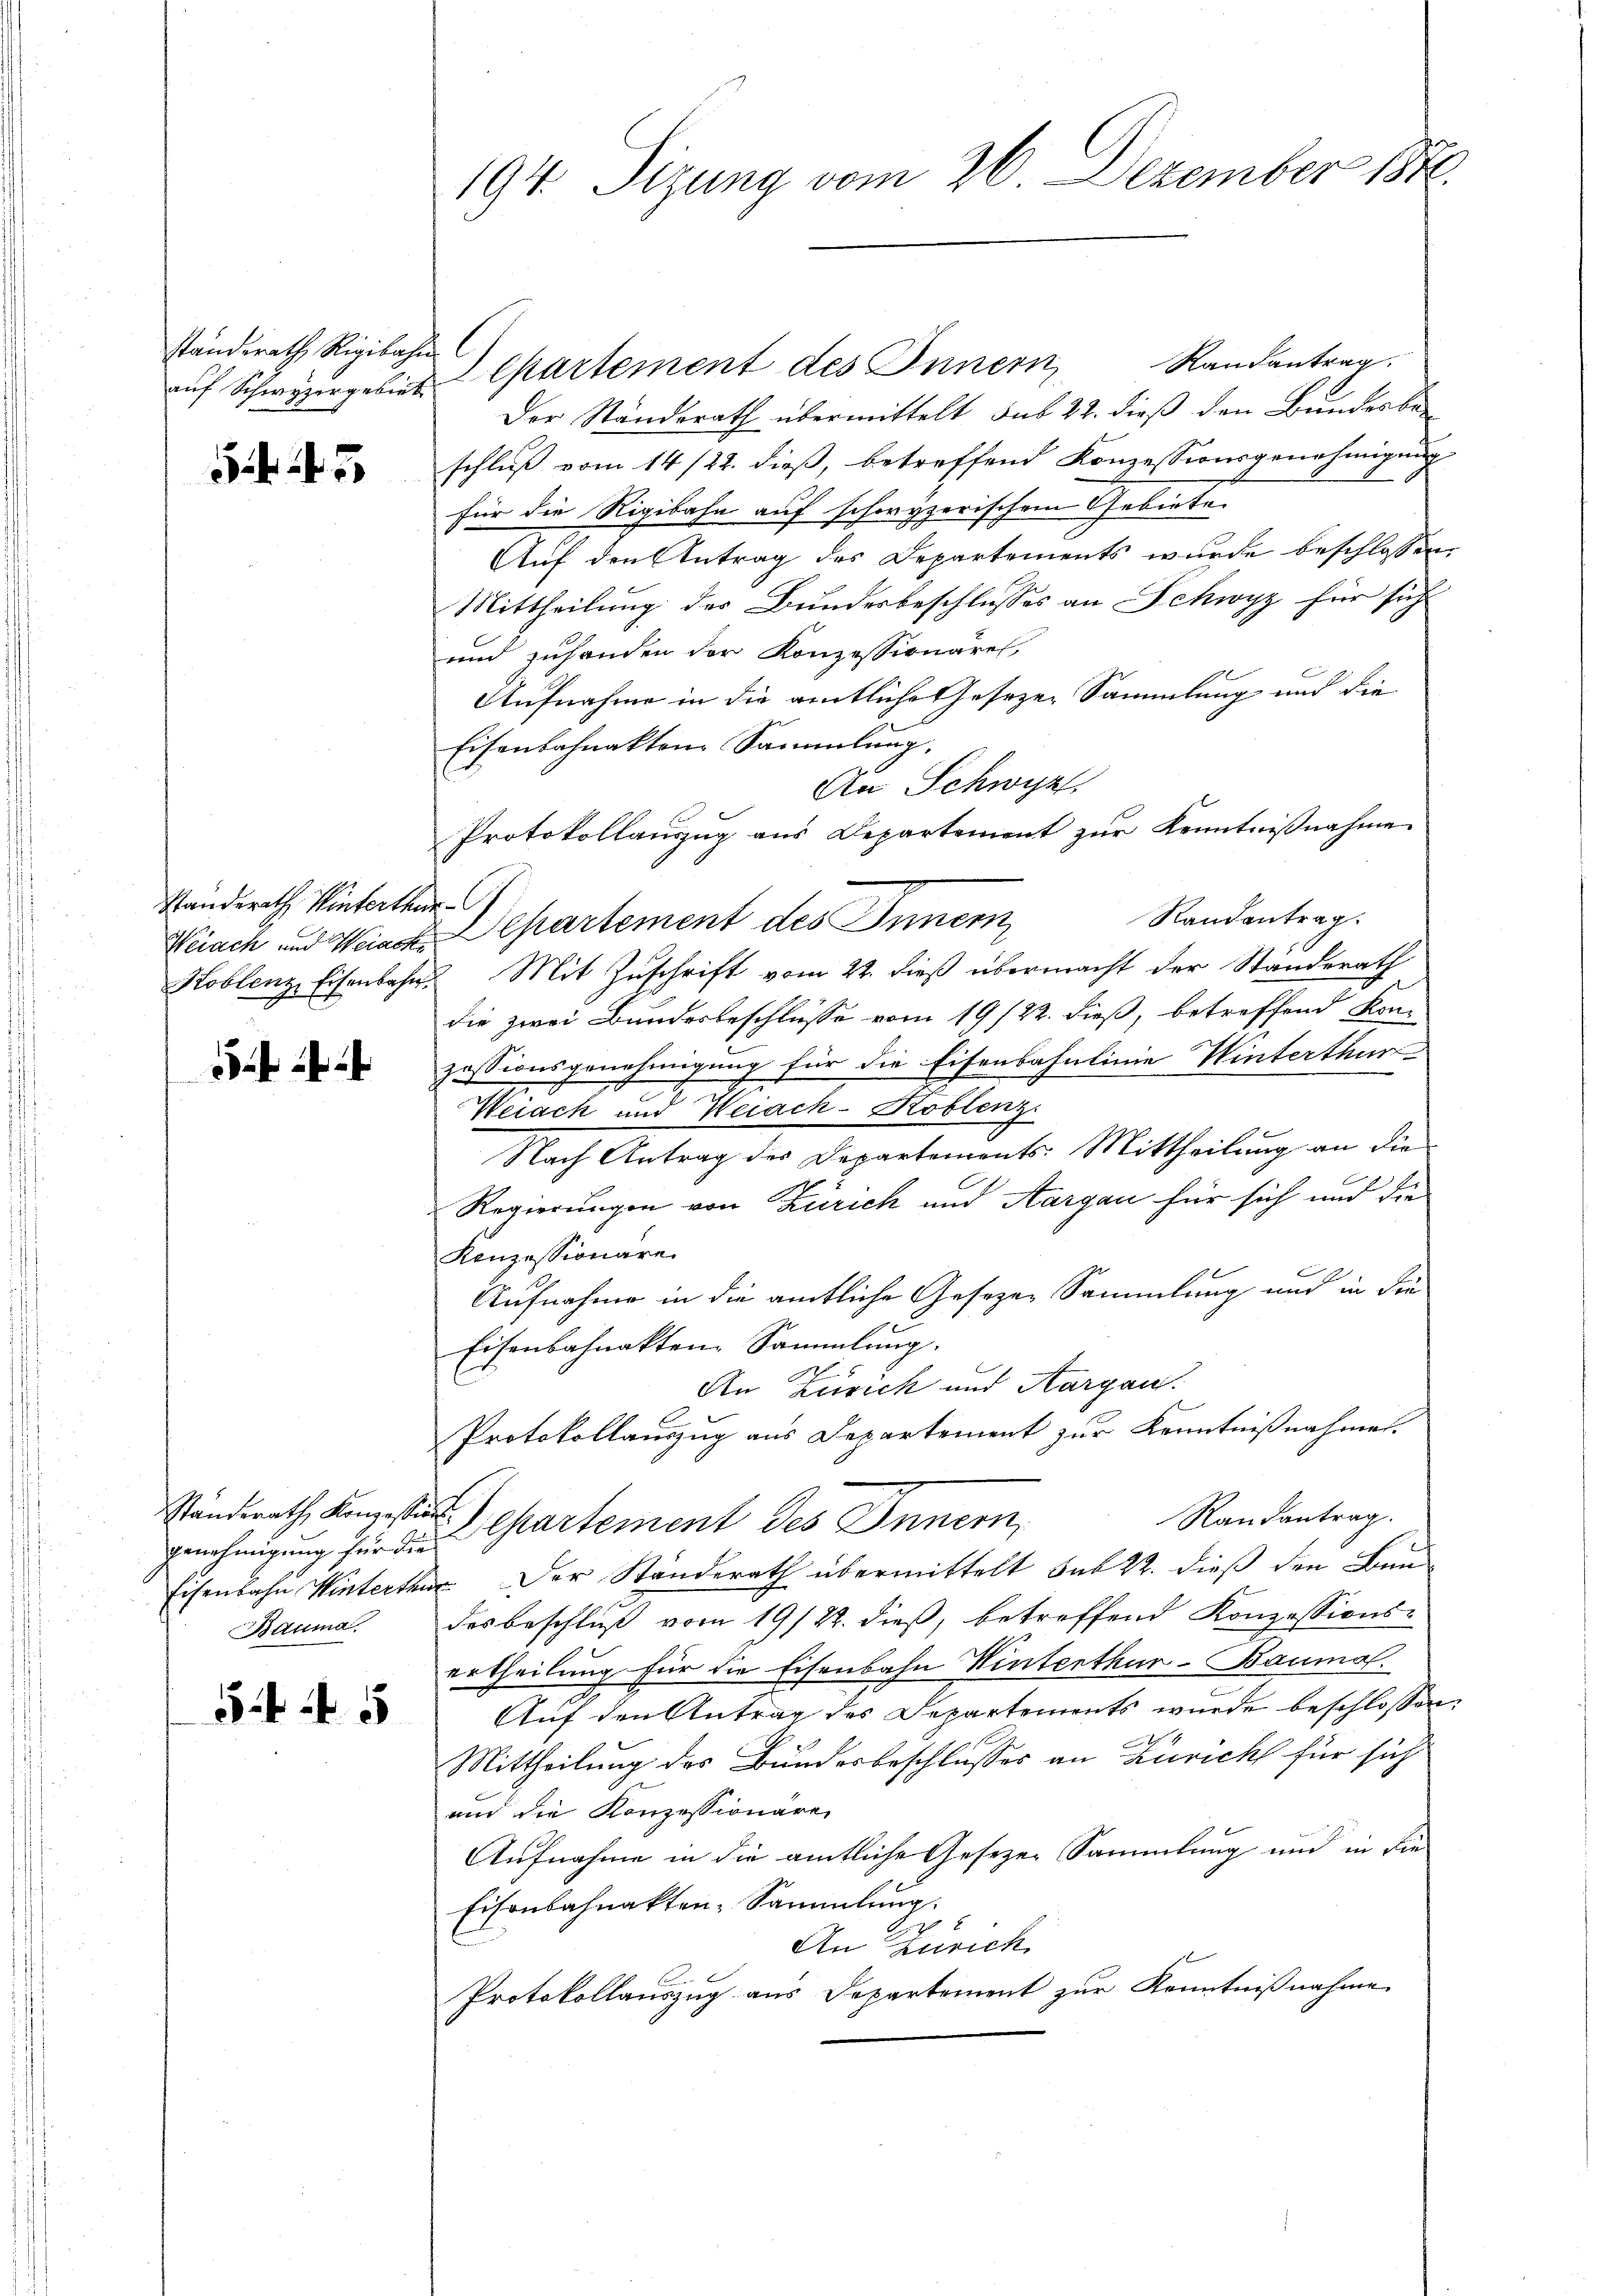
standsrath Rigibahn
auf Schwyzergebiet

5

Standerath Winterthur
Weiach und Weiack¬
Koblenz, Eisenbahn.

)

¬

Standerath Konzession
genehmigung für die
Eisenbahn Wintertane

5 f 5

194. Sizung vom 26. Dezember 181

l

Departement des Innern Randantrag.
Der Standerath übermittelt sub 22. dieß den Bunder beschluß vom 14/22. dieß, betreffend Konzessionsgenehmigung
für die Rigibahn auf schoryzerischem Gebiete.
Auf den Antrag des Departements wurde beschlossen,
Mittheilung des Bunderbeschlusses an Schwyz für sich
und zuhanden der Konzessionären,
Aufnahme in die amtliche Gesezen Sammlung und die
Eisenbahnakten Sammlung,
An Schwyz
Protokollauszug aus Departement zur Kenntnißnahme
f
Randantrag.
Departement des Innern,
Mit Zuschrift vom 22. dieß übermacht der Standerath
die zwei Bundesbeschlüsse vom 19/22. dieß, betreffend Kon-
zessionsgenehmigung für die Eisenbahnlinie Winterthur
Weiach und Weiach-Koblenz
Nach Antrag des Departements: Mittheilung an die
Regierungen von Zürich und Aargau für sich und die
Konzessionäre.
Aufnahme in die amtliche Gesezen Sammlung und in die
Eisenbahnakten Sammlung.
2
An Zürich und Aargau.
Protokollauszug aus Departement zur Kenntnißnahmen.
Randantrag.
E. Separtement des Innern,
“ Der Standerath übermittelt sub 22. dieß den Bun
Bauma. des Beschluß vom 19/22. dieß, betreffend Konzessions-
ertheilung für die Eisenbahn Winterthur–Bauma.
Auf den Antrag des Departements wurde beschlossen:
Mittheilung des Bundesbeschlusses an Zürich für sich
und die Konzessionäre
Aufnahme in die amtliche Gesezen Sammlung und in die
Eisenbahnakten-Sammlung.
An Zürich
Protokollauszug aus Departement zur Kenntnißnahme